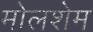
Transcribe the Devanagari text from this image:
मोलशेम